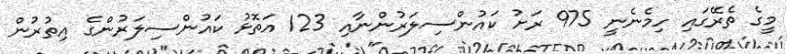
މީގެ ތެރޭގައި ހިމެނެނީ 975 ރަށު ކައުންސިލަރުންނާއި 123 އަތޮޅު ކައުންސިލަރުންގެ އިތުރުން